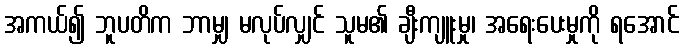
အကယ်၍ ဘူပတိက ဘာမျှ မလုပ်လျှင် သူမ၏ ချီးကျူးမှု၊ အရေးပေးမှုကို ရအောင်